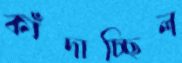
কাঁদাচ্ছিল